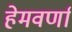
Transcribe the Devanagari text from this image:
हेमवर्णा